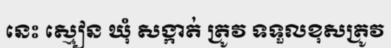
នេះ ស្មៀន ឃុំ សង្កាត់ ត្រូវ ទទួលខុសត្រូវ